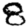
Digit: 8